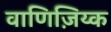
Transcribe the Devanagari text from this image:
वाणिज़िय्क